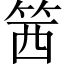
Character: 䇴